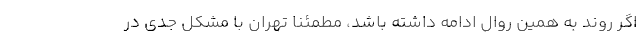
اگر روند به همین روال ادامه داشته باشد، مطمئنا تهران با مشکل جدی در